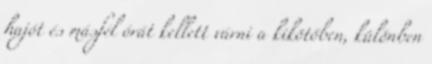
hajót és másfél órát kellett várni a kikötőben, különben